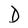
Character: D